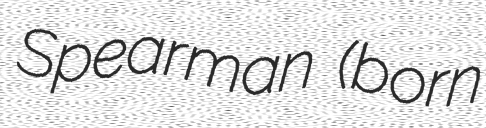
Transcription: Spearman (born